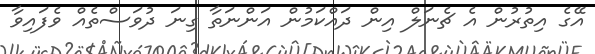
އޭގެ އިތުރުން އެ ޗެނަލް އިން ދައްކަމުން އަންނަތާ ގިނަ ދުވަސްތެއް ވެފައިވާ